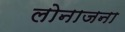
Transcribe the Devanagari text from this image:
लोनाजना